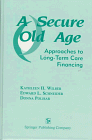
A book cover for A Secure Old Age: Approaches to Long-Term Care Financing; Medical Books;